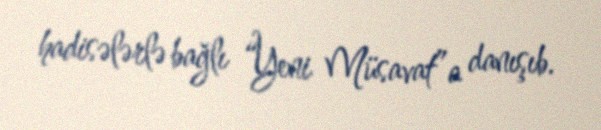
hadisələrlə bağlı “Yeni Müsavat”a danışıb.